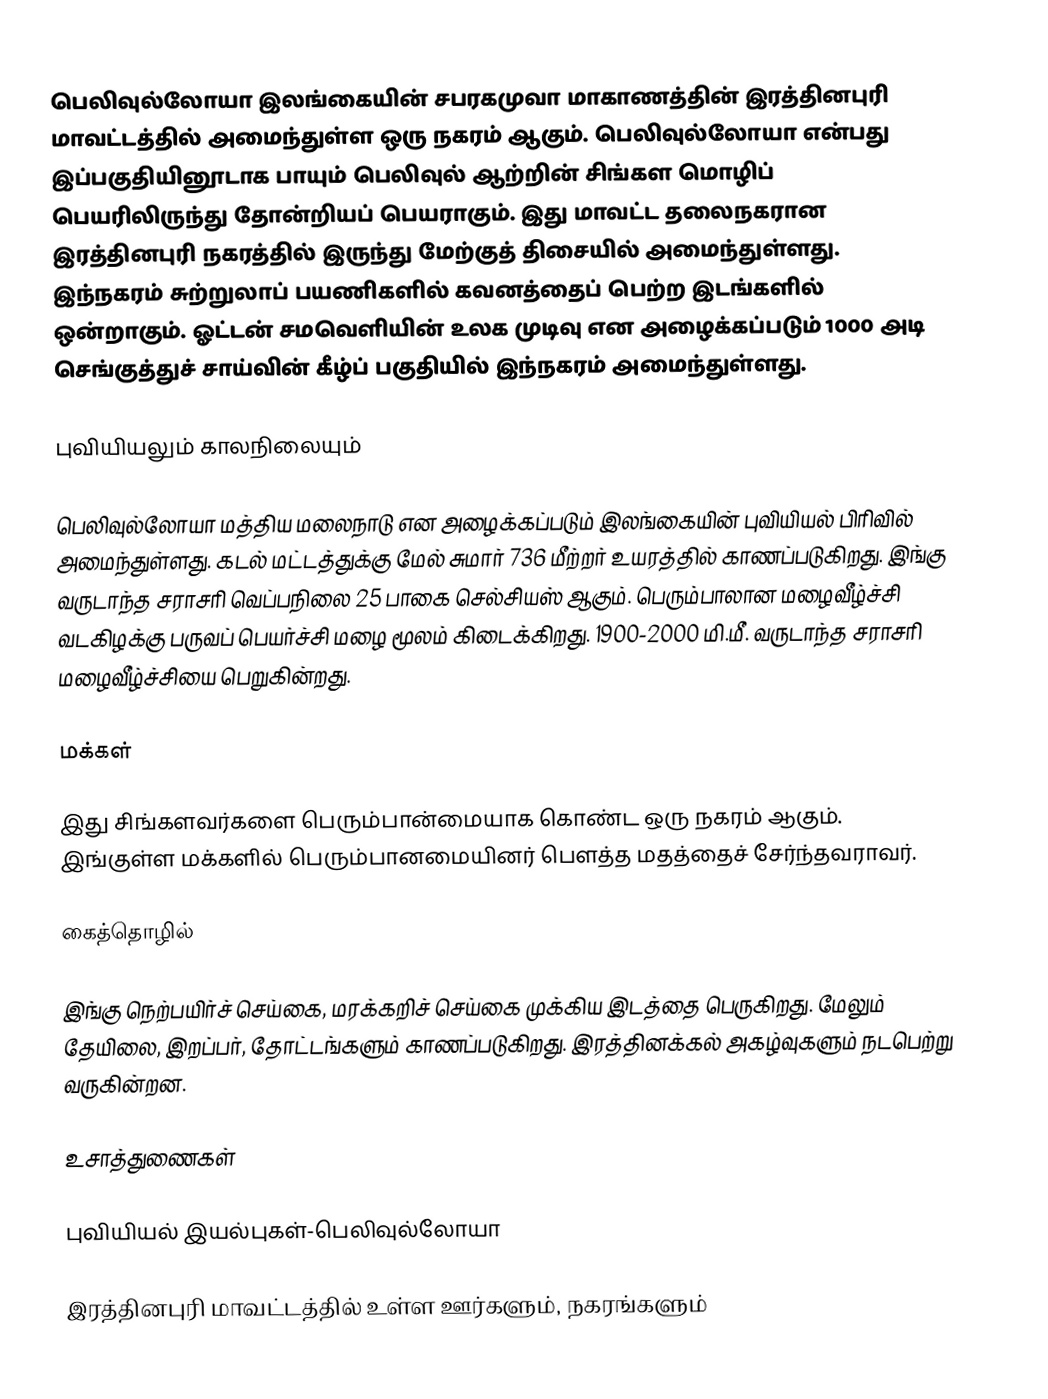
பெலிவுல்லோயா இலங்கையின் சபரகமுவா மாகாணத்தின் இரத்தினபுரி மாவட்டத்தில் அமைந்துள்ள ஒரு நகரம் ஆகும். பெலிவுல்லோயா என்பது இப்பகுதியினூடாக பாயும் பெலிவுல் ஆற்றின் சிங்கள மொழிப் பெயரிலிருந்து தோன்றியப் பெயராகும். இது மாவட்ட தலைநகரான இரத்தினபுரி நகரத்தில் இருந்து  மேற்குத் திசையில்  அமைந்துள்ளது. இந்நகரம் சுற்றுலாப் பயணிகளில் கவனத்தைப் பெற்ற இடங்களில் ஒன்றாகும். ஓட்டன் சமவெளியின் உலக முடிவு என அழைக்கப்படும் 1000 அடி செங்குத்துச் சாய்வின் கீழ்ப் பகுதியில் இந்நகரம் அமைந்துள்ளது.

புவியியலும் காலநிலையும்

பெலிவுல்லோயா  மத்திய மலைநாடு என அழைக்கப்படும்  இலங்கையின் புவியியல் பிரிவில் அமைந்துள்ளது. கடல் மட்டத்துக்கு மேல் சுமார் 736 மீற்றர்  உயரத்தில் காணப்படுகிறது. இங்கு வருடாந்த சராசரி வெப்பநிலை 25 பாகை செல்சியஸ் ஆகும். பெரும்பாலான மழைவீழ்ச்சி வடகிழக்கு பருவப் பெயர்ச்சி மழை மூலம் கிடைக்கிறது. 1900-2000 மி.மீ. வருடாந்த சராசரி மழைவீழ்ச்சியை பெறுகின்றது.

மக்கள்

இது சிங்களவர்களை பெரும்பான்மையாக கொண்ட ஒரு நகரம் ஆகும். இங்குள்ள மக்களில் பெரும்பானமையினர் பௌத்த மதத்தைச் சேர்ந்தவராவர்.

கைத்தொழில்

இங்கு நெற்பயிர்ச் செய்கை, மரக்கறிச் செய்கை முக்கிய இடத்தை பெருகிறது. மேலும் தேயிலை, இறப்பர், தோட்டங்களும் காணப்படுகிறது. இரத்தினக்கல் அகழ்வுகளும் நடபெற்று வருகின்றன.

உசாத்துணைகள்

 புவியியல் இயல்புகள்-பெலிவுல்லோயா

இரத்தினபுரி மாவட்டத்தில் உள்ள ஊர்களும், நகரங்களும்